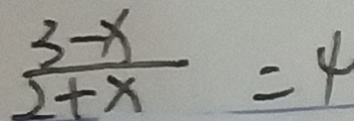
\frac { 3 - x } { 2 + x } = 4